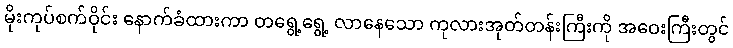
မိုးကုပ်စက်ဝိုင်း နောက်ခံထားကာ တရွေ့ရွေ့ လာနေသော ကုလားအုတ်တန်းကြီးကို အဝေးကြီးတွင်